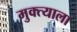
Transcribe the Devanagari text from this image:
मुक्त्याला